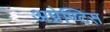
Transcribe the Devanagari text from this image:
अप्रेण्टिस